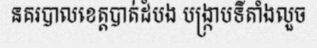
នគរបាលខេត្តបាត់ដំបង បង្ក្រាបទីតាំងលួច